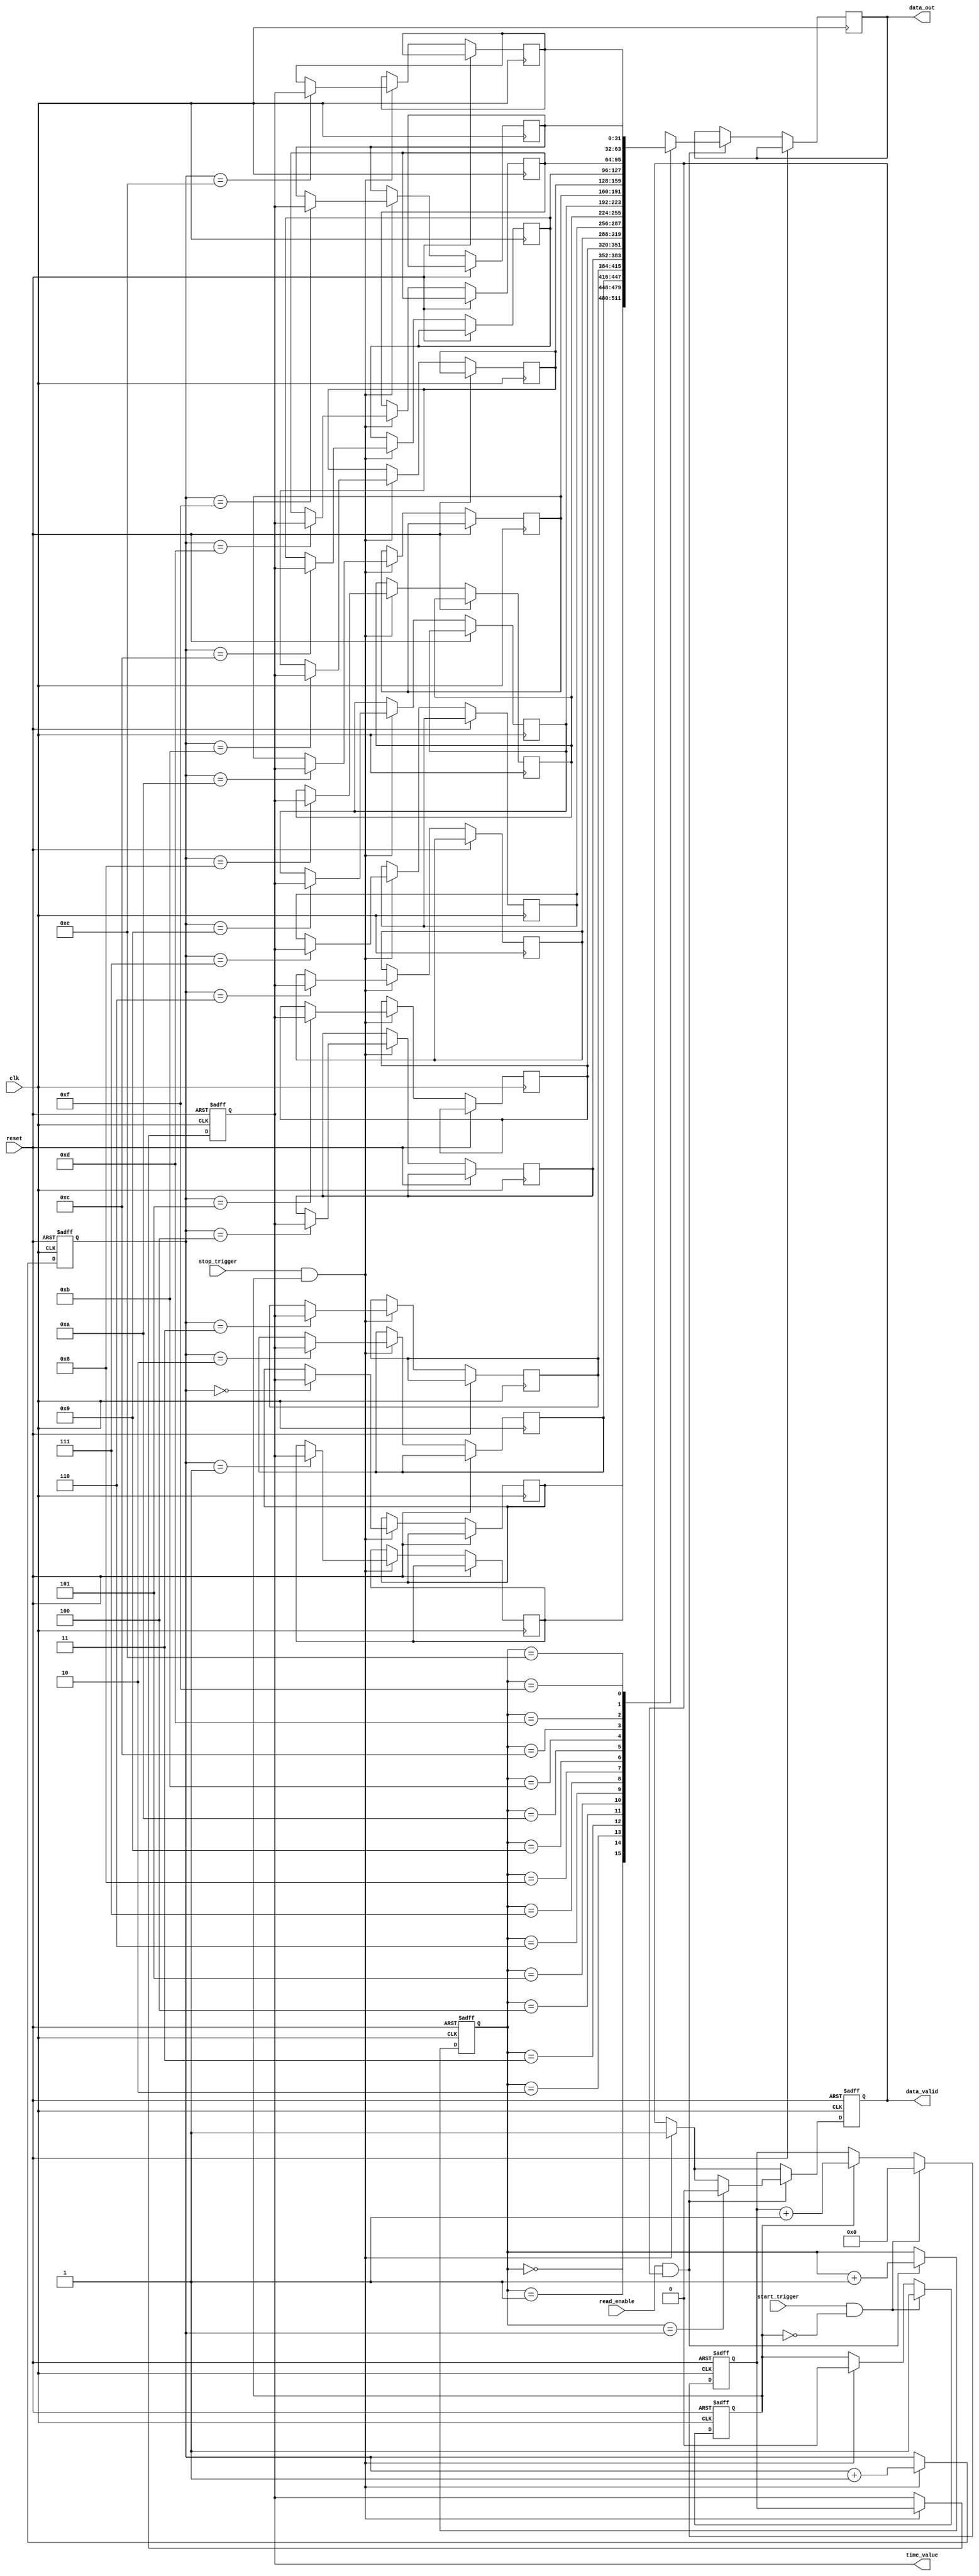
module Hybrid_TDC (
    input wire clk,              // High-frequency clock
    input wire reset,            // Reset signal
    input wire start_trigger,     // Start trigger signal
    input wire stop_trigger,      // Stop trigger signal
    output reg [31:0] time_value, // Measured time value output
    output reg data_valid,        // Data valid signal
    input wire read_enable,       // Read enable signal for data output
    output reg [31:0] data_out    // Data output for external read
);

    // Internal signals
    reg [31:0] counter;           // Digital counter
    reg measuring;                // Flag to indicate measuring state
    reg [31:0] memory [0:15];     // FIFO memory for storing time values
    reg [3:0] write_pointer;      // Pointer for writing to memory
    reg [3:0] read_pointer;       // Pointer for reading from memory

    // Clock generation (for simulation purposes)
    always @(posedge clk or posedge reset) begin
        if (reset) begin
            counter <= 32'b0;
            measuring <= 1'b0;
            time_value <= 32'b0;
            data_valid <= 1'b0;
            write_pointer <= 4'b0;
            read_pointer <= 4'b0;
        end else begin
            if (measuring) begin
                counter <= counter + 1; // Increment counter during measurement
            end
            
            // Stop measuring on stop_trigger
            if (stop_trigger && measuring) begin
                measuring <= 1'b0;
                time_value <= counter; // Capture the time value
                // Store the time value in memory
                memory[write_pointer] <= time_value;
                write_pointer <= write_pointer + 1;
                data_valid <= 1'b1; // Indicate that new data is available
            end
            
            // Start measuring on start_trigger
            if (start_trigger && !measuring) begin
                measuring <= 1'b1;
                counter <= 32'b0; // Reset counter
            end
            
            // Read data from memory when read_enable is asserted
            if (read_enable && data_valid) begin
                data_out <= memory[read_pointer];
                read_pointer <= read_pointer + 1;
                if (read_pointer == write_pointer) begin
                    data_valid <= 1'b0; // No more valid data
                end
            end
        end
    end

endmodule